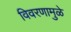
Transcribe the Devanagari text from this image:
विवरणामुळे